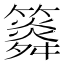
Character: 𥶒